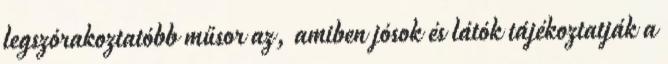
legszórakoztatóbb műsor az, amiben jósok és látók tájékoztatják a